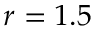
r = 1 . 5